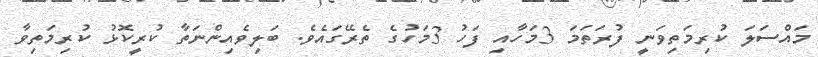
މައްސަލަ ކުރިމަތިވަނީ ފުރަަތަމަ 3މަހާއި ފަހު 3މަހުގެ ތެރޭގައެވެ. ބަލިވެއިންނަތާ ކުރީކޮޅު ކުރިމަތިވާ